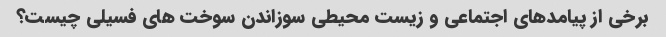
برخی از پیامدهای اجتماعی و زیست محیطی سوزاندن سوخت های فسیلی چیست؟